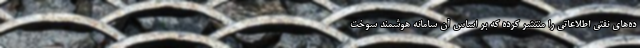
ده‌های نفتی اطلاعاتی را منتشر کرده که بر اساس آن سامانه هوشمند سوخت